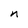
Character: n